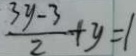
\frac { 3 y - 3 } { 2 } + y = 1